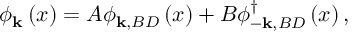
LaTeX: \phi _ { \mathbf { k } } \left( x \right) = A \phi _ { \mathbf { k , } B D } \left( x \right) + B \phi _ { - \mathbf { k , } B D } ^ { \dagger } \left( x \right) ,